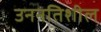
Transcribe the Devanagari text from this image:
उननतिशील